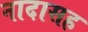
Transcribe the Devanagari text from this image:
नादासह